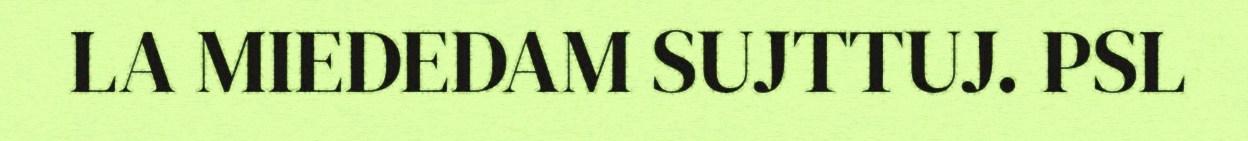
LA MIEDEDAM SUJTTUJ. PSL